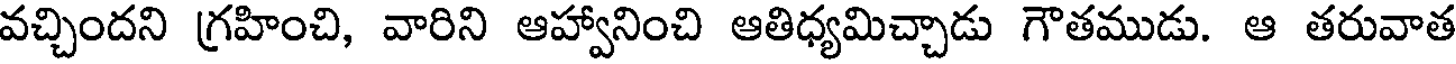
వచ్చిందని గ్రహించి, వారిని ఆహ్వానించి ఆతిధ్యమిచ్చాడు గౌతముడు. ఆ తరువాత